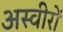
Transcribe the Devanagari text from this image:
अस्वीरों